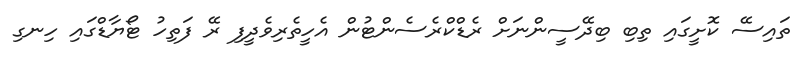
ތައިސޭ ކޮށީގައި ތިބި ބިދޭސީންނަށް ރެޑްކްރެސެންޓުން އެހީތެރިވެދީފި ރޭ ފަތިހު ޓޯޔާޑްގައި ހިނގި